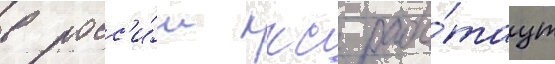
в росс'и́и ккс рабо́таут